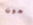
هون